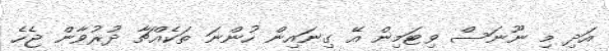
އަދި މި ނޫނަސް ވިޓަމިން އޭ ގިނައިން ހުންނަ ތަކެއްޗާ ދުރުވާން ޖެހެ